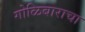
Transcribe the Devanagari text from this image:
गोळिबाराचा